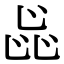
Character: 𬼫